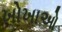
ખોખાઓ